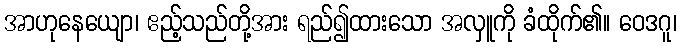
အာဟုနေယျော၊ ဧည့်သည်တို့အား ရည်၍ထားသော အလှူကို ခံထိုက်၏။ ဝေဒဂူ၊